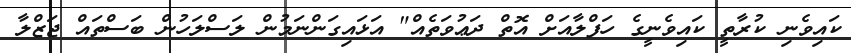
ކައިވެނި ކުރާތީ ކައިވެނީގެ ހަފްލާއަށް އޮތް ދަޢުވަތެއް" އަޅައިގަންނަމުން ލަސްލަހުން ބަސްތައް ޖަޒްލާ